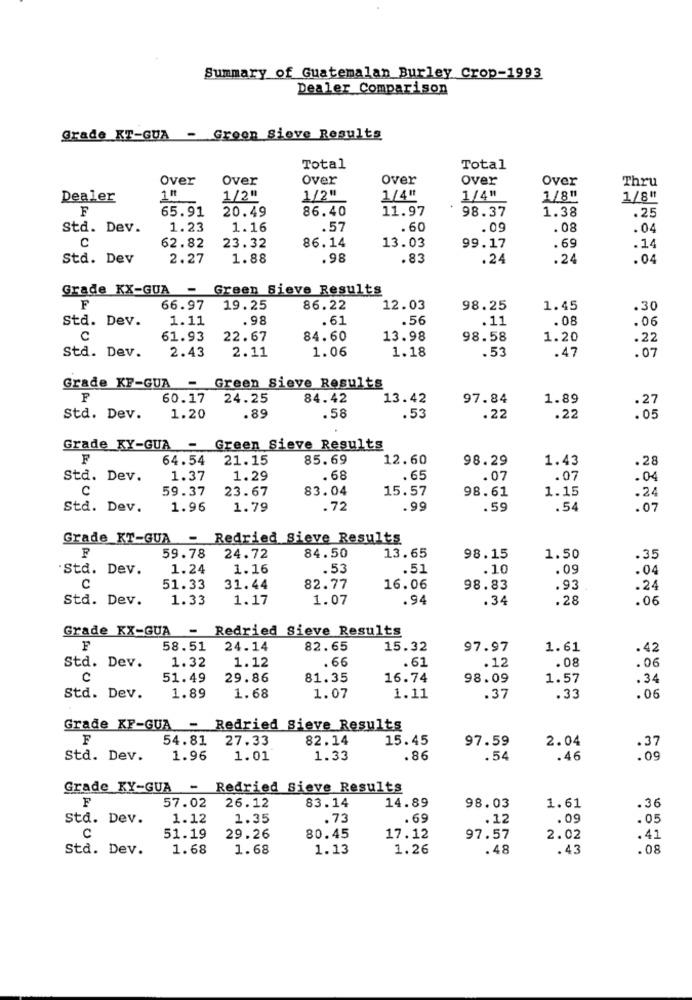
Summary of Guatemalan Burley Crop-1993
Dealer Comparison
Grade KT-GUA - Green Sieve Results
Total
Total
Over
Over
Over
Over
Over
Over
Thru
Dealer
1/2"
1/2"
1/4"
1/4"
1/8"
1/8"
F
65.91
20.49
86.40
11.97
98.37
1.38
.25
Std. Dev.
1.23
1.16
.57
.60
.09
.08
.04
C
. 69
62.82
23.32
86.14
13.03
99.17
.14
Std. Dev
2.27
1.88
.98
.83
.24
.04
Grade KX-GUA -
Green Sieve Results
F
66.97
19.25
86.22
12.03
98.25
1.45
.30
Std. Dev.
1.11
.98
.61
.56
.11
.08
.06
61.93
22.67
84.60
13.98
98.58
1.20
.22
Std. Dev.
2.43
1.06
1.18
.53
2.11
.47
.07
Grade KF-GUA -
Green Sieve Results
F
60.17
24.25
84.42
13.42
97.84
1.89
.27
std. Dev.
1.20
.89
.58
.53
.22
.22
.05
Grade KY-GUA - Green Sieve Results
F
64.54
21.15
85.69
12.60
98.29
1.43
.28
Std. Dev.
1.37
1.29
. 68
. 65
.07
.07
C
59.37
23.67
83.04
15.57
98.61
1.15
.24
Std. Dev.
1.96
1.79
.72
.99
.59
.54
.07
Grade KT-GUA - Redried Sieve Results
F
59.78
24.72
84.50
13.65
98.15
1.50
.35
Std. Dev.
1.24
1.16
.53
.51
.10
.09
.04
C
51.33
31.44
82.77
16.06
98.83
.93
.24
Std. Dev.
1.33
1.17
1.07
.94
.34
.28
.06
Grade KX-GUA - Redried Sieve Results
F
58.51
24.14
82.65
15.32
97.97
1.61
.42
Std. Dev.
1.32
1.12
. 66
.61
.12
.08
.06
C
51.49
29.86
81.35
16.74
98.09
1.57
.34
Std. Dev.
1.89
1.68
1.07
1.11
.37
.33
.06
Grade KF-GUA - Redried Sieve Results
F
54.81
27.33
82.14
15.45
97.59
2.04
.37
std. Dev.
1.96
1.01
1.33
.86
.54
.46
.09
Grade KY-GUA - Redried Sieve Results
F
83.14
57.02
26.12
14.89
98.03
1.61
.36
std. Dev.
1.12
1.35
.73
. 69
.12
.09
.05
C
51.19
29.26
80.45
17.12
97.57
2.02
.41
Std. Dev.
1.68
1.68
1.13
1.26
.48
.43
.08